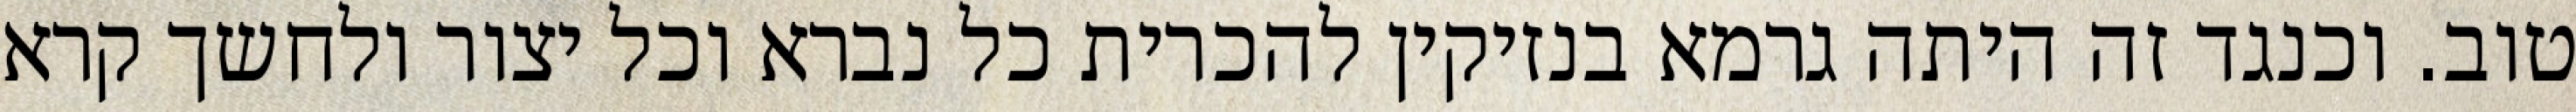
טוב. וכנגד זה היתה גרמא בנזיקין להכרית כל נברא וכל יצור ולחשך קרא